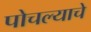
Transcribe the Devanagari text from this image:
पोचल्याचे